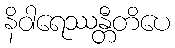
နိဝါရေဿန္တီတိပေ